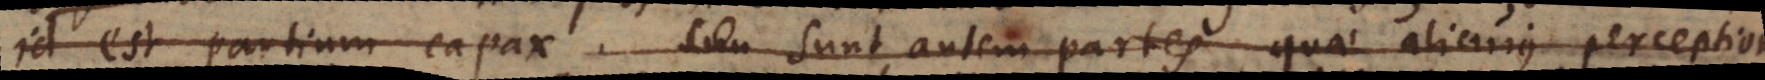
(gg) partium capax. Sunt autem partes quae alicujus perceptione